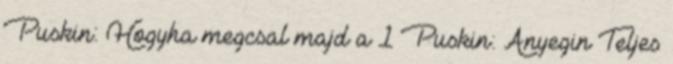
Puskin: Hogyha megcsal majd a 1 Puskin: Anyegin Teljes